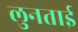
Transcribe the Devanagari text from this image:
लुनताई